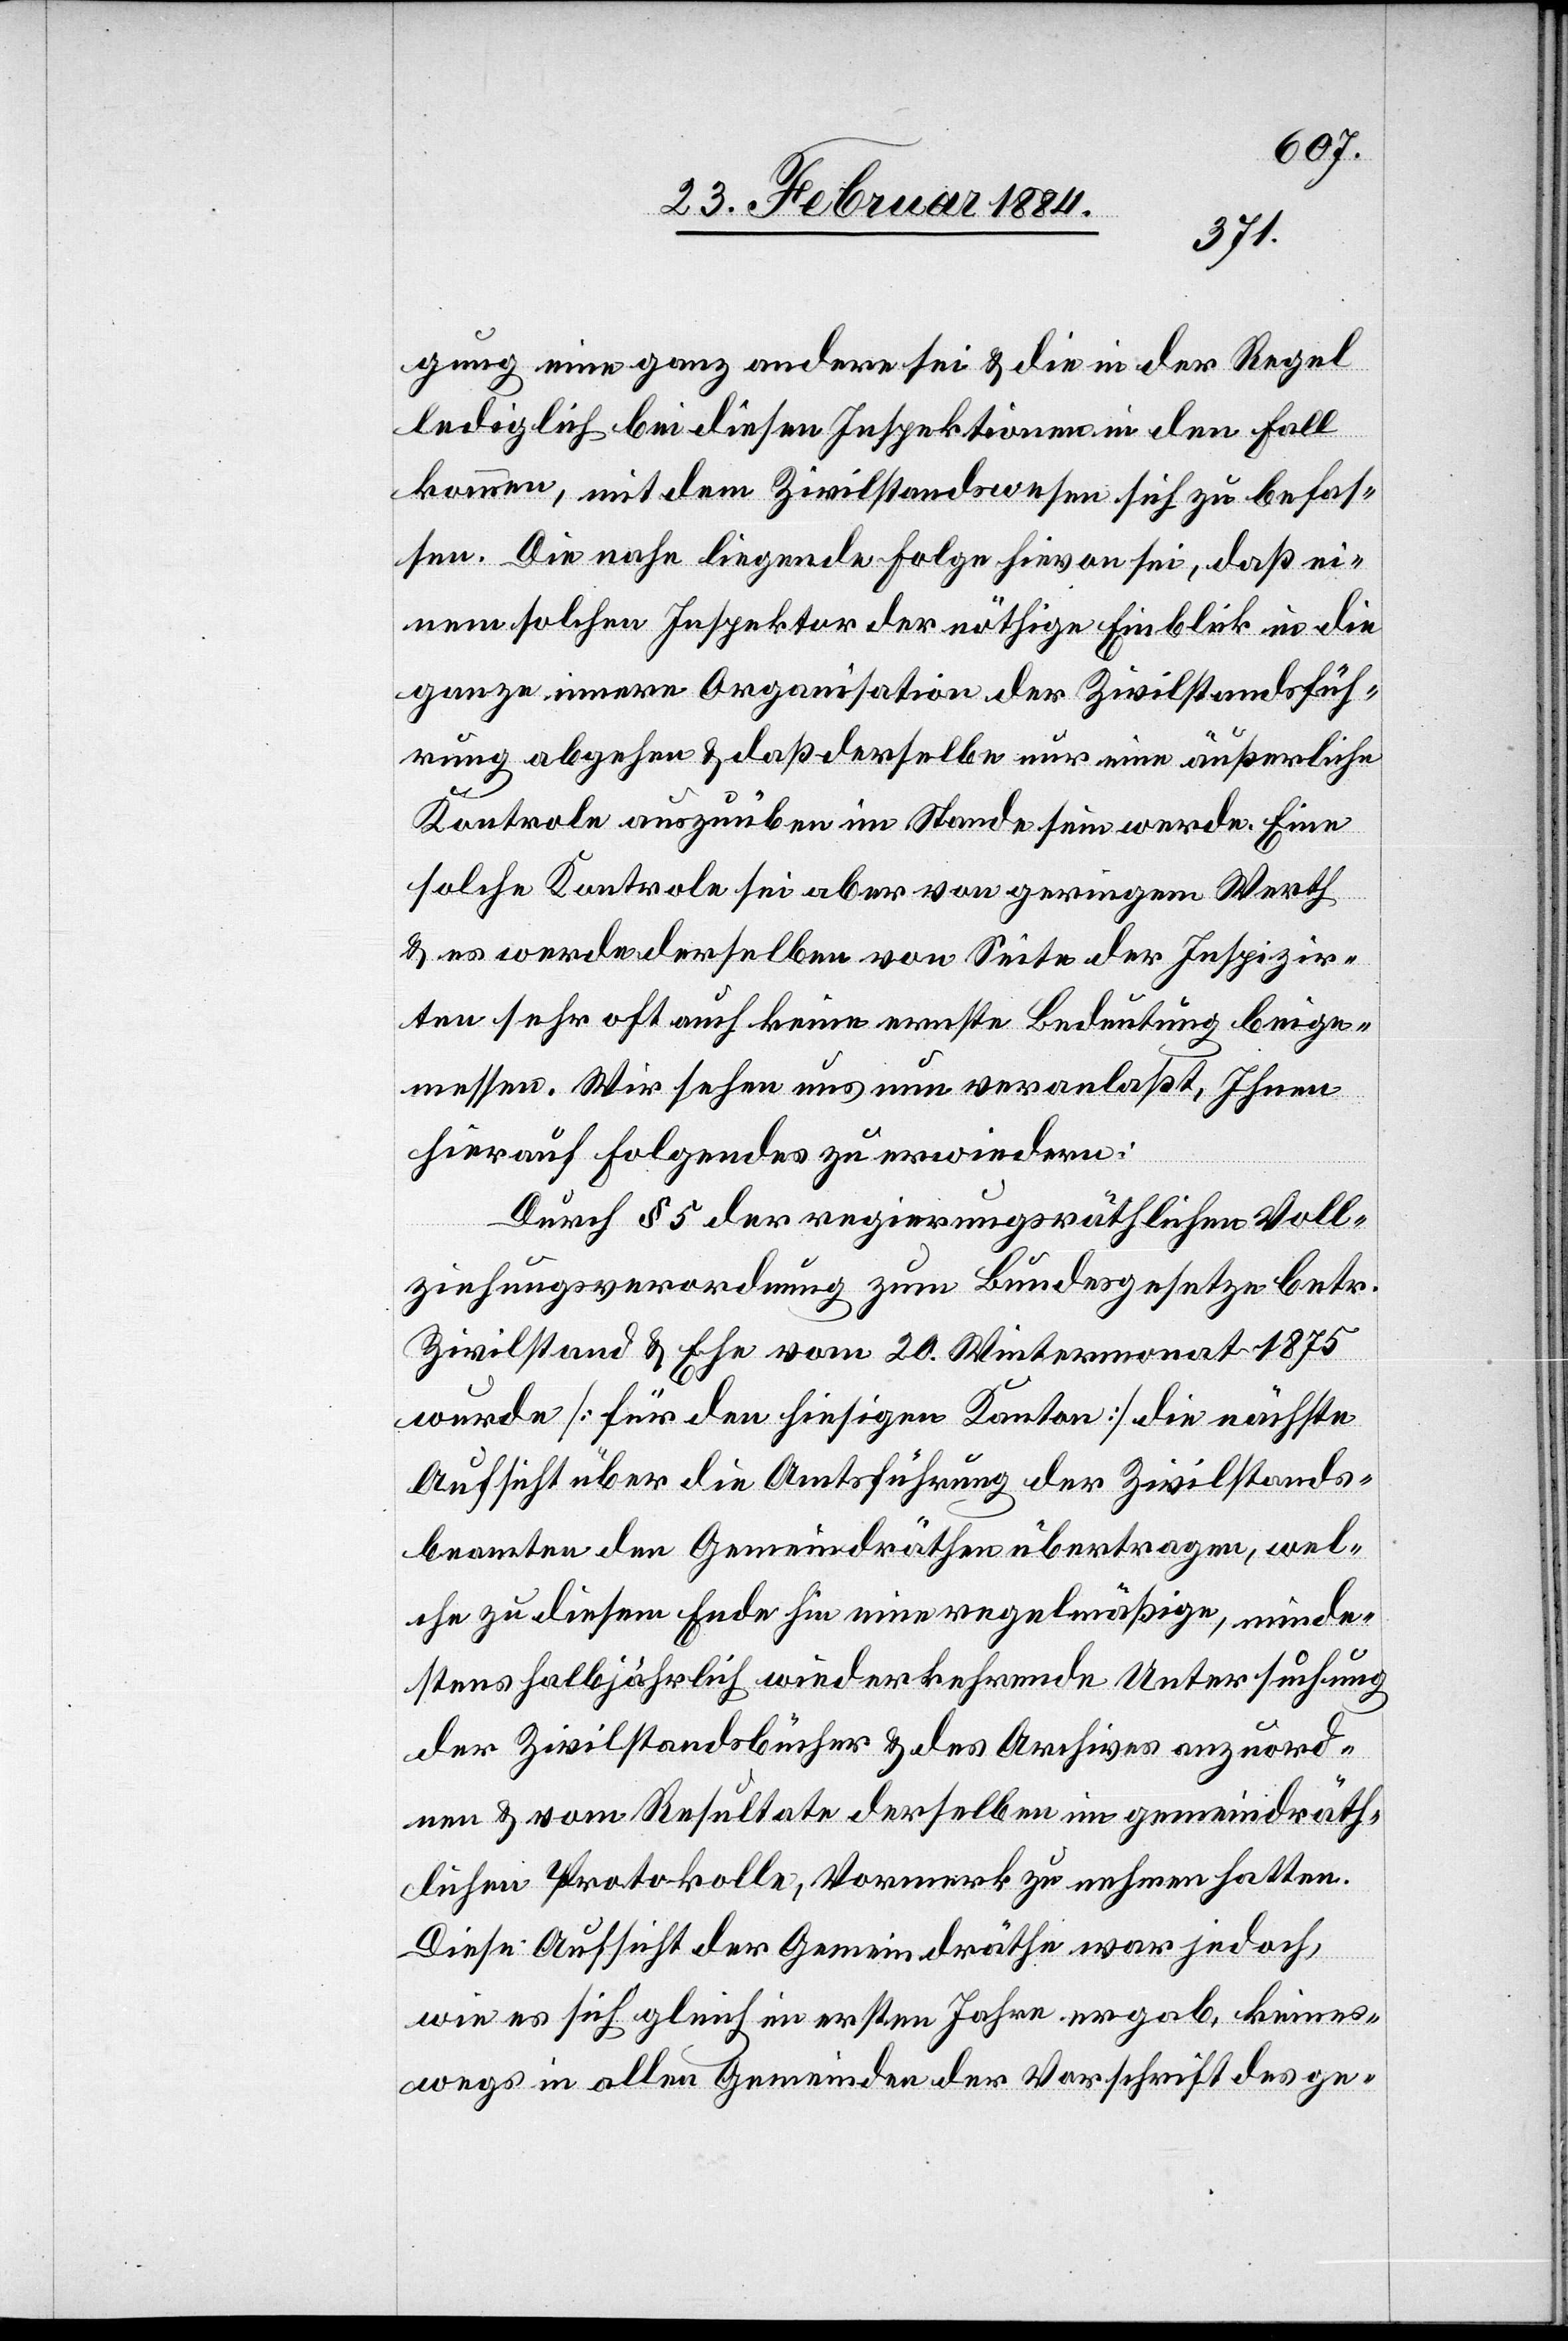
gung eine ganz andere sei & die in der Regel
lediglich bei diesen Inspektionen in den Fall
kommen, mit dem Zivilstandswesen sich zu befas¬
sen. Die nahe liegende Folge hievon sei, daß ei¬
nem solchen Inspektor der nöthige Einblick in die
ganze innere Organisation der Zivilstandsfüh¬
rung abgehe & daß derselbe nur eine äußerliche
Kontrole auszuüben im Stande sein werde. Eine
solche Kontrole sei aber von geringem Werth
& es werde derselben von Seite der Inspizir¬
ten sehr oft auch keine ernste Bedeutung beige¬
messen. Wir sehen uns nun veranlaßt, Ihnen
hierauf Folgendes zu erwiedern:
Durch § 5 der regierungsräthlichen Voll¬
ziehungsverordnung zum Bundesgesetze betr.
Zivilstand & Ehe vom 20. Wintermonat 1875
wurde [für den hiesigen Kanton] die nächste
Aufsicht über die Amtsführung der Zivilstandes¬
beamten den Gemeindräthen übertragen, wel¬
che zu diesem Ende hin eine regelmäßige, minde¬
stens halbjährlich wiederkehrende Untersuchung
der Zivilstandsbücher & des Archives anzuord¬
nen & vom Resultate derselben im gemeindräth¬
lichen Protokolle Vormerk zu nehmen hatten.
Diese Aufsicht der Gemeindräthe war jedoch,
wie es sich gleich im ersten Jahre ergab, keines¬
wegs in allen Gemeinden der Vorschrift des ge-